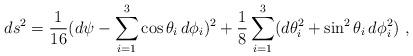
LaTeX: \begin{align*}ds^2 = \frac{1}{16} (d\psi - \sum_{i=1}^3 \cos{\theta_i} \, d\phi_i)^2+ \frac{1}{8} \sum_{i=1}^3 (d\theta_i^2 + \sin^2 {\theta_i} \,d\phi_i^2) \ ,\end{align*}